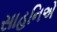
સાહનિએ